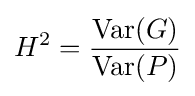
H^{2}={\frac {\mathrm {Var} (G)}{\mathrm {Var} (P)}}